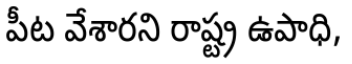
పీట వేశారని రాష్ట్ర ఉపాధి,